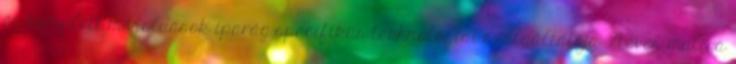
és komplett megoldások iparág-specifikus technológiai szolgáltatója. 21 éves múltra